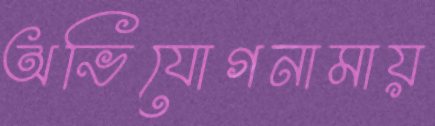
অভিযোগনামায়